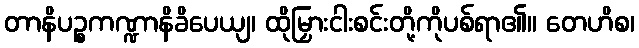
တာနိပဉ္စကဏ္ဍာနိခိပေယျ၊ ထိုမြှားငါးစင်းတို့ကိုပစ်ရာ၏။ တေဟိစ၊